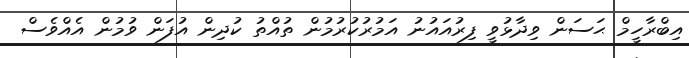
އިބްރާހީމް ޙަސަން ވިދާޅުވީ ފިރުއައުނު އަމުރުކުރުމުން ތުއްތު ކުދިން އުފަން ވުމުން އެއްވެސް